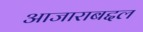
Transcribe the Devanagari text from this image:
आजाराबद्दल